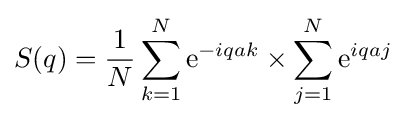
S(q)={\frac {1}{N}}\sum _{k=1}^{N}\mathrm {e} ^{-iqak}\times \sum _{j=1}^{N}\mathrm {e} ^{iqaj}